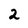
Character: 2